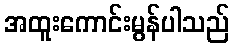
အထူးကောင်းမွန်ပါသည်